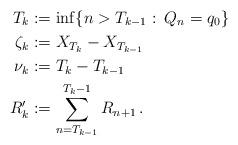
LaTeX: \begin{align*}T_k &:= \inf \{n > T_{k-1} :\: Q_n = q_0 \} \, \\\zeta_k &:= X_{T_k} - X_{T_{k-1}} \, \\\nu_k &:= T_k-T_{k-1} \, \\R'_k & := \sum_{n={T_{k-1}}}^{T_k-1} R_{n+1} \,.\end{align*}